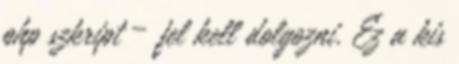
php szkript – fel kell dolgozni. Ez a kis